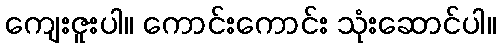
ကျေးဇူးပါ။ ကောင်းကောင်း သုံးဆောင်ပါ။